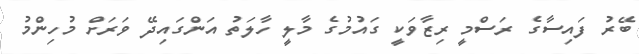
ބޭރު ފައިސާގެ ރަސްމީ ރިޒާވަކީ ގައުމުގެ މާލީ ހާލަތު އަންގައިދޭ ވަރަށް މުހިންމު